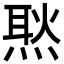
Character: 㷦